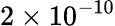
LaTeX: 2\times 10^{-10}